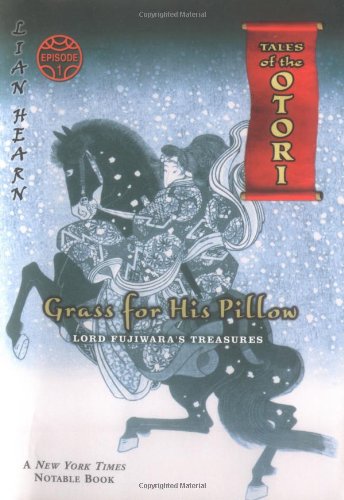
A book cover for Grass For His Pillow, Episode 1: Lord Fujiwara's Treasures (Tales of the Otori, Book 2); Lian Hearn; Teen & Young Adult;